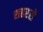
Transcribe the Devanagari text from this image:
शहरसे